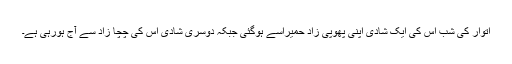
اتوار کی شب اس کی ایک شادی اپنی پھوپی زاد حمیراسے ہوگئی جبکہ دوسری شادی اس کی چچا زاد سے آج ہورہی ہے۔